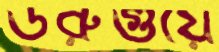
উরুগুয়ে